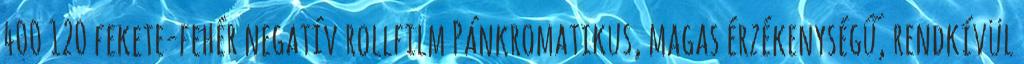
400 120 fekete-fehér negatív rollfilm Pánkromatikus, magas érzékenységű, rendkívül